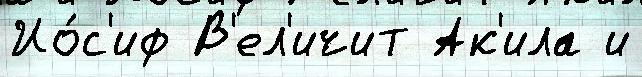
Ио́с'иф В'ел'ичит Ак'ила и